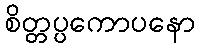
စိတ္တပ္ပကောပနော